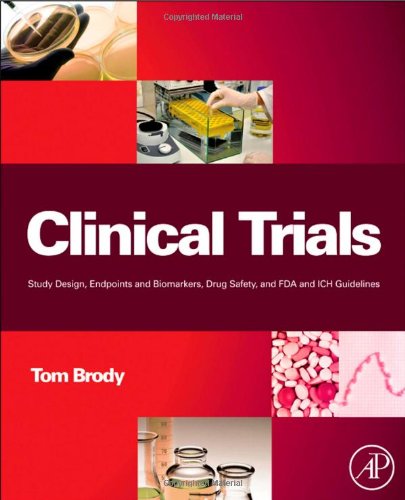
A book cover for Clinical Trials: Study Design, Endpoints and Biomarkers, Drug Safety, and FDA and ICH Guidelines; Tom Brody PhD; Medical Books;